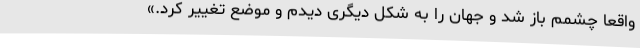
واقعاً چشمم باز شد و جهان را به شکل دیگری دیدم و موضع تغییر کرد.»